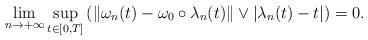
LaTeX: \begin{align*}\lim_{n\to+\infty}\sup_{t\in [0,T]}\left(\|\omega_{n}(t)-\omega_{0}\circ \lambda_{n}(t)\|\vee |\lambda_{n}(t)-t|\right)=0.\end{align*}